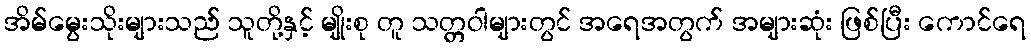
အိမ်မွေးသိုးများသည် သူတို့နှင့် မျိုးစု တူ သတ္တဝါများတွင် အရေအတွက် အများဆုံး ဖြစ်ပြီး ကောင်ရေ